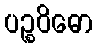
ပဉ္စဝိဓော